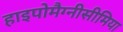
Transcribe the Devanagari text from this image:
हाइपोमैग्नीसीमिया